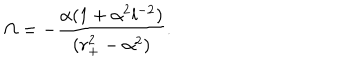
LaTeX: \Omega = - { \frac { \alpha ( 1 + \alpha ^ { 2 } l ^ { - 2 } ) } { ( r _ { + } ^ { 2 } - \alpha ^ { 2 } ) } } .